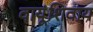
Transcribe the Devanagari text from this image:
वायूंशिवाय